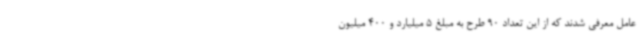
عامل معرفی شدند که از این تعداد 90 طرح به مبلغ 5 میلیارد و 400 میلیون